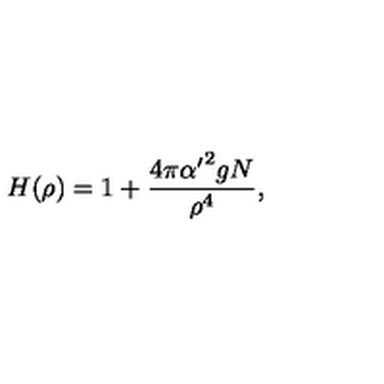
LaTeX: H ( \rho ) = 1 + { \frac { 4 \pi { \alpha ^ { \prime } } ^ { 2 } g N } { \rho ^ { 4 } } } ,